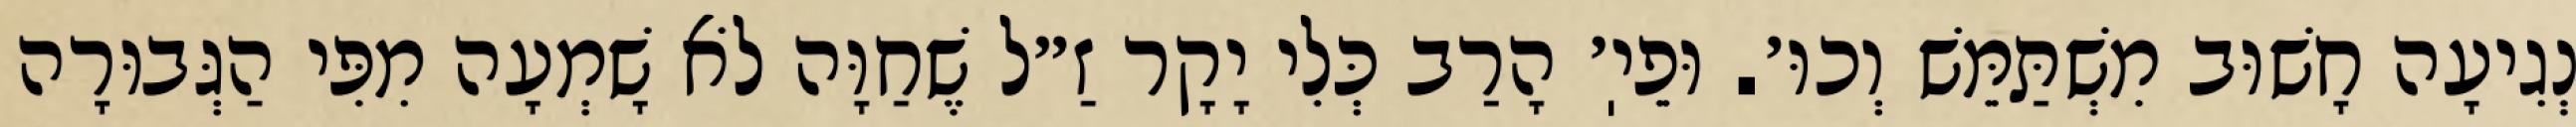
נְגִיעָה חָשׁוּב מִשְׁתַּמֵּשׁ וְכוּ׳. וּפֵיֽ׳ הָרַב כְּלִי יָקָר זַ״ל שֶׁחַוָּה לֹא שָׁמְעָה מִפִּי הַגְּבוּרָה